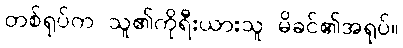
တစ်ရုပ်က သူ၏ကိုရီးယားသူ မိခင်၏အရုပ်။